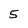
Character: 5